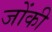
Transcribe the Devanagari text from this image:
जोंकी